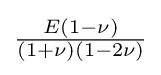
{\tfrac {E(1-\nu )}{(1+\nu )(1-2\nu )}}